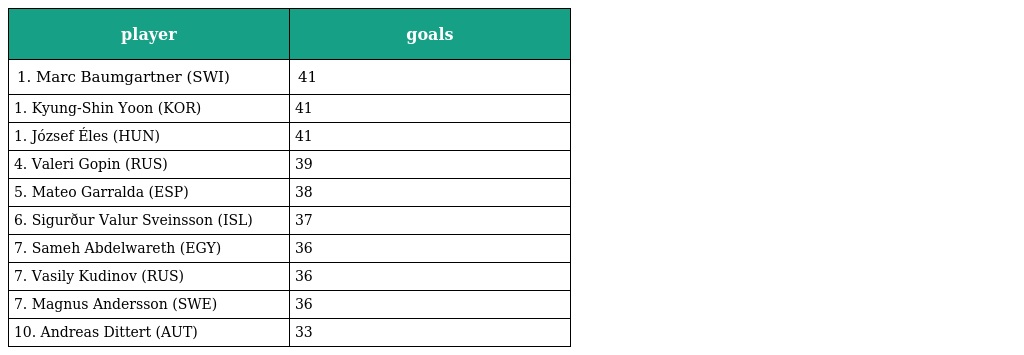
| player | goals |
 | --- | --- |
 | 1. Marc Baumgartner (SWI) | 41 |
 | 1. Kyung-Shin Yoon (KOR) | 41 |
 | 1. József Éles (HUN) | 41 |
 | 4. Valeri Gopin (RUS) | 39 |
 | 5. Mateo Garralda (ESP) | 38 |
 | 6. Sigurður Valur Sveinsson (ISL) | 37 |
 | 7. Sameh Abdelwareth (EGY) | 36 |
 | 7. Vasily Kudinov (RUS) | 36 |
 | 7. Magnus Andersson (SWE) | 36 |
 | 10. Andreas Dittert (AUT) | 33 |